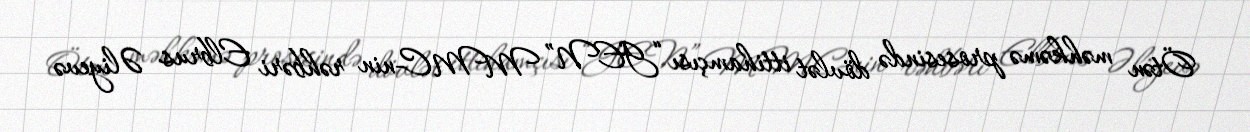
Ötən məhkəmə prosesində dövlət ittihamçısı “GEN” MMC-nin rəhbəri Elbrus Əliyevə